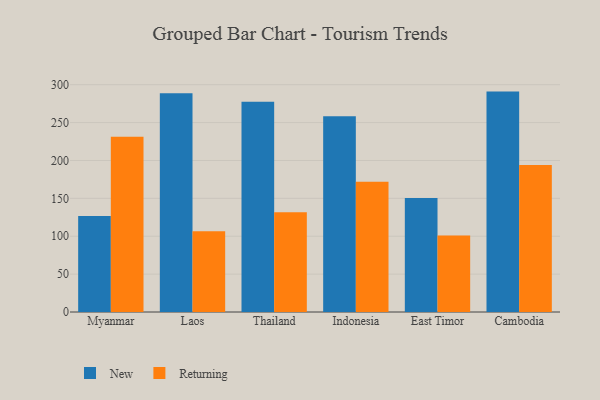
{"axis": {"x": "Country", "y": "Demand Index"}, "legend": ["New", "Returning"], "data": [{"x": "Myanmar", "y": 126.7, "type": "New"}, {"x": "Myanmar", "y": 231.3, "type": "Returning"}, {"x": "Laos", "y": 288.8, "type": "New"}, {"x": "Laos", "y": 106.6, "type": "Returning"}, {"x": "Thailand", "y": 277.5, "type": "New"}, {"x": "Thailand", "y": 131.6, "type": "Returning"}, {"x": "Indonesia", "y": 258.5, "type": "New"}, {"x": "Indonesia", "y": 171.9, "type": "Returning"}, {"x": "East Timor", "y": 150.4, "type": "New"}, {"x": "East Timor", "y": 100.9, "type": "Returning"}, {"x": "Cambodia", "y": 290.9, "type": "New"}, {"x": "Cambodia", "y": 193.9, "type": "Returning"}]}